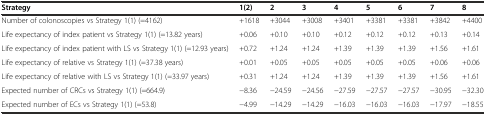
<table><thead><tr><td><b>Strategy</b></td><td><b>1(2)</b></td><td><b>2</b></td><td><b>3</b></td><td><b>4</b></td><td><b>5</b></td><td><b>6</b></td><td><b>7</b></td><td><b>8</b></td></tr></thead><tbody><tr><td>Number of colonoscopies vs Strategy 1(1) (=4162)</td><td>+1618</td><td>+3044</td><td>+3008</td><td>+3401</td><td>+3381</td><td>+3381</td><td>+3842</td><td>+4400</td></tr><tr><td>Life expectancy of index patient vs Strategy 1(1) (=13.82 years)</td><td>+0.06</td><td>+0.10</td><td>+0.10</td><td>+0.12</td><td>+0.12</td><td>+0.12</td><td>+0.13</td><td>+0.14</td></tr><tr><td>Life expectancy of index patient with LS vs Strategy 1(1) (=12.93 years)</td><td>+0.72</td><td>+1.24</td><td>+1.24</td><td>+1.39</td><td>+1.39</td><td>+1.39</td><td>+1.56</td><td>+1.61</td></tr><tr><td>Life expectancy of relative vs Strategy 1(1) (=37.38 years)</td><td>+0.01</td><td>+0.05</td><td>+0.05</td><td>+0.05</td><td>+0.05</td><td>+0.05</td><td>+0.06</td><td>+0.06</td></tr><tr><td>Life expectancy of relative with LS vs Strategy 1(1) (=33.97 years)</td><td>+0.31</td><td>+1.24</td><td>+1.24</td><td>+1.39</td><td>+1.39</td><td>+1.39</td><td>+1.56</td><td>+1.61</td></tr><tr><td>Expected number of CRCs vs Strategy 1(1) (=664.9)</td><td>−8.36</td><td>−24.59</td><td>−24.56</td><td>−27.59</td><td>−27.57</td><td>−27.57</td><td>−30.95</td><td>−32.30</td></tr><tr><td>Expected number of ECs vs Strategy 1(1) (=53.8)</td><td>−4.99</td><td>−14.29</td><td>−14.29</td><td>−16.03</td><td>−16.03</td><td>−16.03</td><td>−17.97</td><td>−18.55</td></tr></tbody></table>